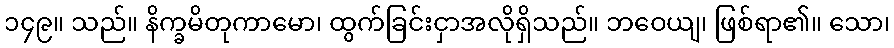
၁၄၉။ သည်။ နိက္ခမိတုကာမော၊ ထွက်ခြင်းငှာအလိုရှိသည်။ ဘဝေယျ၊ ဖြစ်ရာ၏။ သော၊